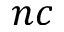
n c